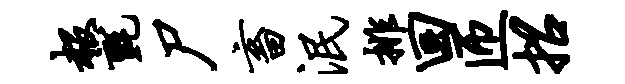
赧毡尸畜泯排回匝招